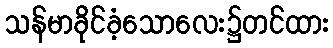
သန်မာခိုင်ခံ့သောလေး၌တင်ထား